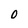
Character: 0